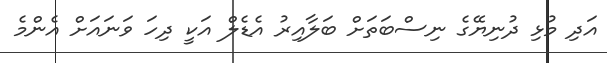
އަދި މުޅި ދުނިޔޭގެ ނިސްބަތަށް ބަލާއިރު އެޑެލް އަކީ ދިހަ ވަނައަށް އެންމެ